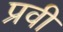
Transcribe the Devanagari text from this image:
प्रवी